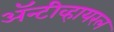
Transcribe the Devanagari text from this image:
अॅन्टीव्हायरल